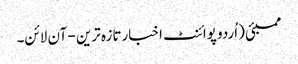
ممبئی (اُردو پوائنٹ اخبارتازہ ترین - آن لائن۔